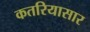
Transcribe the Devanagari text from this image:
कतरियासार